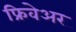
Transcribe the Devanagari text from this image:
फ्रिवेअर